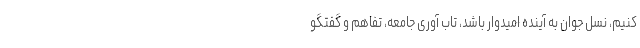
کنیم، نسل جوان به آینده امیدوار باشد، تاب آوری جامعه، تفاهم و گفتگو